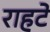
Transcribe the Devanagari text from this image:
राहटे